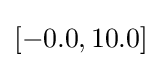
[-0.0,10.0]